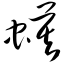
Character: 蟆